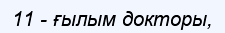
11 - ғылым докторы,